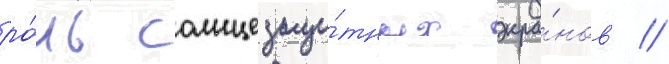
ро́ль солнцезащи́тных экра́нов //